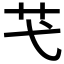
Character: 芅